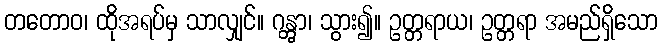
တတောဝ၊ ထိုအရပ်မှ သာလျှင်။ ဂန္တွာ၊ သွား၍။ ဥတ္တရာယ၊ ဥတ္တရာ အမည်ရှိသော